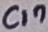
Text: C17